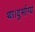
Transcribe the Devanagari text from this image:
था।दुर्भाग्य